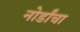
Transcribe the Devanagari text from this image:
नोर्डांचा